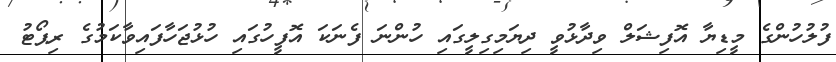
ފުލުހުންގެ މީޑިޔާ އޮފިޝަލް ވިދާޅުވީ ދިޔަމިގިލީގައި ހުންނަ ފެނަކަ އޮފީހުގައި ހުޅުޖަހާފައިވާކަމުގެ ރިޕޯޓު